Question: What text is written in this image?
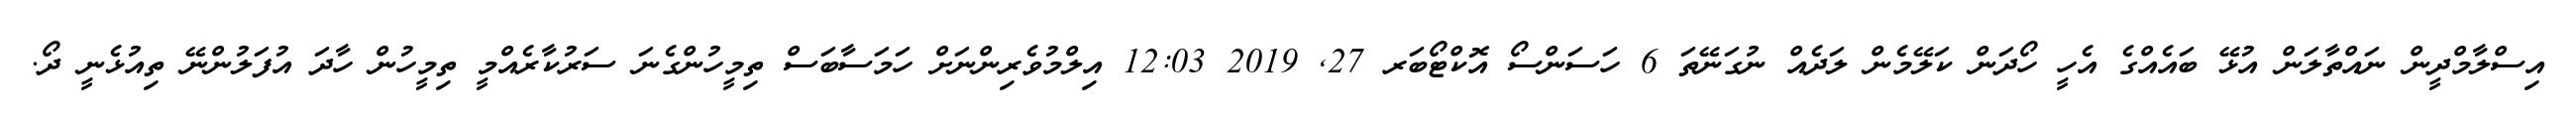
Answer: އިސްލާމްދީން ނައްތާލަން އުޅޭ ބައެއްގެ އެހީ ހޯދަން ކަލޭމެން ލަދެއް ނުގަނޭތަ 6 ހަސަންސޯ އޮކްޓޯބަރ 27, 2019 12:03 އިލްމުވެރިންނަށް ހަމަސާބަސް ތިމީހުންގެނަ ސަރުކާރެއްމީ ތިމީހުން ހާދަ އުފަލުންނޭ ތިއުޅެނީ ދޯ.